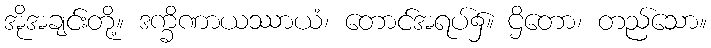
အိုအချင်းတို့။ ဒက္ခိဏာယဿာယံ၊ တောင်အရပ်၌။ ဌိတော၊ တည်သော။